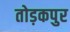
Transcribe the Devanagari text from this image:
तोड़कपुर